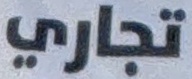
تجاري